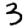
Digit: 3